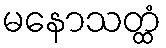
မနောသတ္ထံ